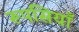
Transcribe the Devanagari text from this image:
रूपसियाँ